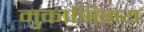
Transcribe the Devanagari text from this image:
मुकाभिनय